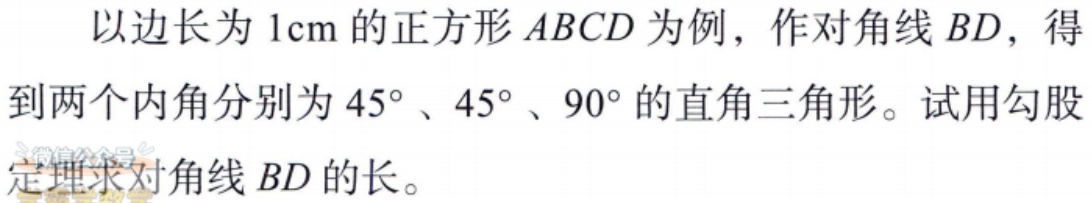
以边长为 \(1\text{cm}\) 的正方形 \(ABCD\) 为例，作对角线 \(BD\)，得到两个内角分别为 \(45^{\circ}\)、\(45^{\circ}\)、\(90^{\circ}\) 的直角三角形。试用勾股定理求对角线 \(BD\) 的长。